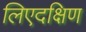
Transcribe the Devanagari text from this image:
लिएदक्षिण